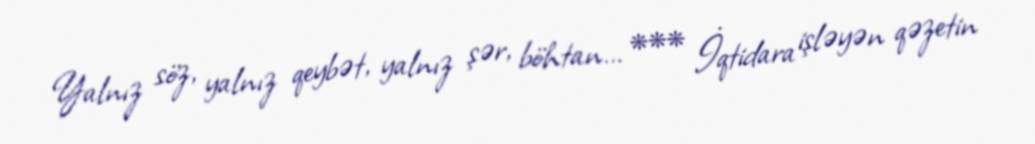
Yalnız söz, yalnız qeybət, yalnız şər, böhtan... *** İqtidara işləyən qəzetin